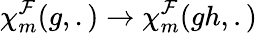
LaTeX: {\chi}_{m}^{\mathcal{F}}(g,.)\rightarrow{\chi}_{m}^{\mathcal{F}}(gh,.)